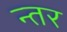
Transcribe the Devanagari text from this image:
न्तर